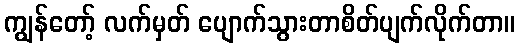
ကျွန်တော့် လက်မှတ် ပျောက်သွားတာစိတ်ပျက်လိုက်တာ။